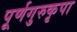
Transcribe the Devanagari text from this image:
पूर्णगुरुकृपा